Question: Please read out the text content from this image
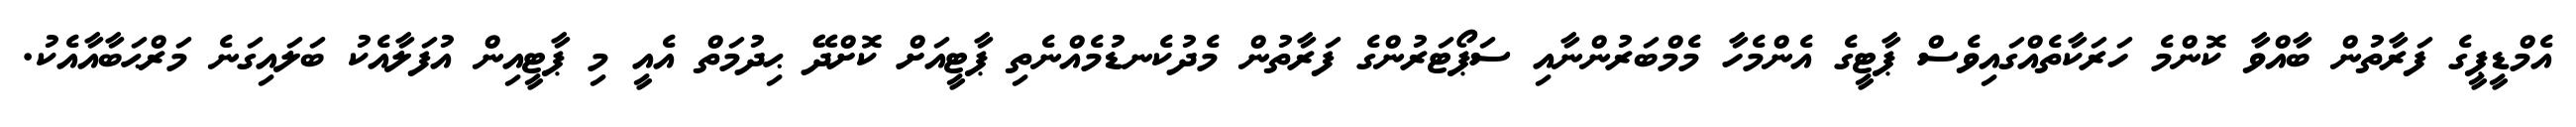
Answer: އެމްޑީޕީގެ ފަރާތުން ބާއްވާ ކޮންމެ ހަރަކާތެއްގައިވެސް ޕާޓީގެ އެންމެހާ މެމްބަރުންނާއި ސަޕޯޓަރުންގެ ފަރާތުން މެދުކެނޑުމެއްނެތި ޕާޓީއަށް ކޮށްދޭ ޙިދުމަތް އެއީ މި ޕާޓީއިން އުފަލާއެކު ބަލައިގަނެ މަރްޙަބާއާއެކު.